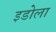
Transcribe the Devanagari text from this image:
इडोला